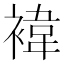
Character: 褘